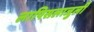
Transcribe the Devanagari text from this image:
लापिसलाजुली